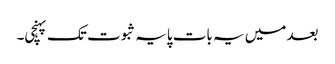
بعد میں یہ بات پایہ ثبوت تک پہنچی۔